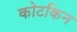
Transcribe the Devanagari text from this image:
कोटकिन